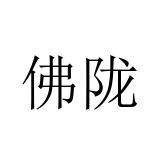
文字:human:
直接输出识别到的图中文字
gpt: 佛陇